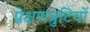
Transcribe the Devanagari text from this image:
प्रेक्षणत्रुटियों